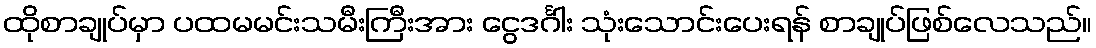
ထိုစာချုပ်မှာ ပထမမင်းသမီးကြီးအား ငွေဒင်္ဂါး သုံးသောင်းပေးရန် စာချုပ်ဖြစ်လေသည်။